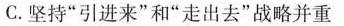
C.坚持”引进来”和”走出去”战略并重